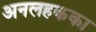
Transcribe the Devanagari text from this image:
अनलहकका